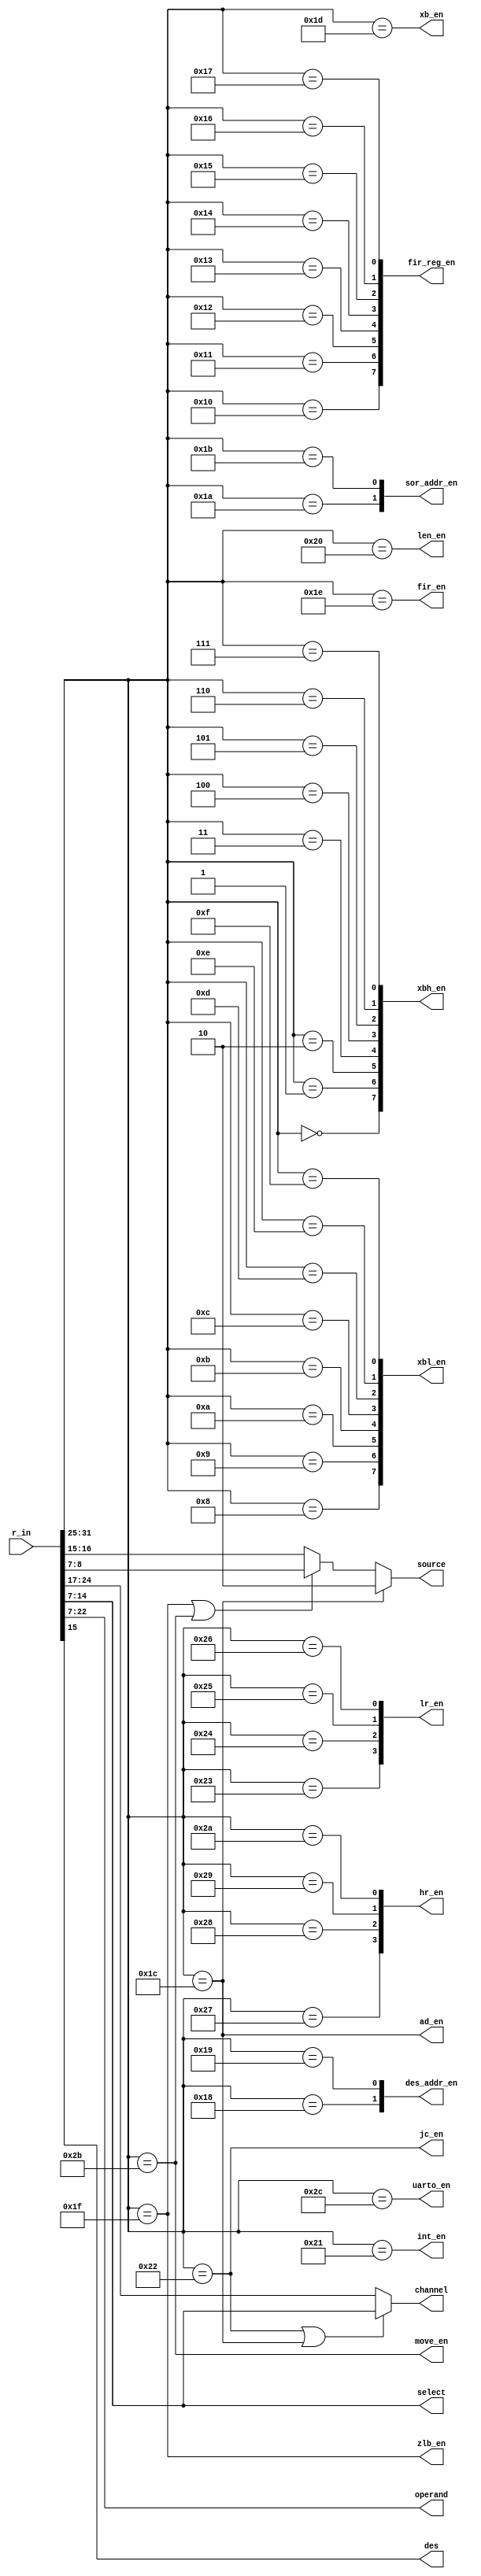
//
module decoder(
input [31:0] r_in,//


//
//
output [7:0] xbh_en,//
output [7:0] xbl_en,
output [7:0] fir_reg_en,
output [1:0] des_addr_en,
output [1:0] sor_addr_en,
output len_en,
output [3:0] lr_en,
output [3:0] hr_en,
output [15:0] operand,
//
////ad
output ad_en,
output des,
output [7:0] select,
////,fir,uart
output xb_en,
output fir_en,
output uarto_en,
output [7:0] channel,//ad
output [1:0] source,// 10 ad 01 ram 00 ddr
//output [7:0] select,
////
output zlb_en,
//output [1:0] source,
////
output move_en,
//output dir,//00 ddr->ram  01  ram->ddr
////
output int_en,
////
output jc_en
//output [7:0] channel,


);
wire [6:0]  funct=	 r_in[31:25];
assign  operand=	 r_in[22:7];
assign			des=		 r_in[15];
assign      select=	 r_in[14:7];
wire [7:0]  channel1=	 r_in[24:17];
wire [1:0]  source1=	 r_in[16:15];
wire [1:0]	sourcez=  r_in[8:7];
//assign			dir=		 r_in[7];
wire [7:0] channelj= r_in[14:7];



wire funct_0000000=(funct==7'b0000000);
wire funct_0000001=(funct==7'b0000001);
wire funct_0000010=(funct==7'b0000010);
wire funct_0000011=(funct==7'b0000011);
wire funct_0000100=(funct==7'b0000100);
wire funct_0000101=(funct==7'b0000101);
wire funct_0000110=(funct==7'b0000110);
wire funct_0000111=(funct==7'b0000111);
wire funct_0001000=(funct==7'b0001000);
wire funct_0001001=(funct==7'b0001001);
wire funct_0001010=(funct==7'b0001010);
wire funct_0001011=(funct==7'b0001011);
wire funct_0001100=(funct==7'b0001100);
wire funct_0001101=(funct==7'b0001101);
wire funct_0001110=(funct==7'b0001110);
wire funct_0001111=(funct==7'b0001111);
wire funct_0010000=(funct==7'b0010000);
wire funct_0010001=(funct==7'b0010001);
wire funct_0010010=(funct==7'b0010010);
wire funct_0010011=(funct==7'b0010011);
wire funct_0010100=(funct==7'b0010100);
wire funct_0010101=(funct==7'b0010101);
wire funct_0010110=(funct==7'b0010110);
wire funct_0010111=(funct==7'b0010111);
wire funct_0011000=(funct==7'b0011000);
wire funct_0011001=(funct==7'b0011001);
wire funct_0011010=(funct==7'b0011010);
wire funct_0011011=(funct==7'b0011011);
wire funct_0100000=(funct==7'b0100000);
wire funct_0100011=(funct==7'b0100011);
wire funct_0100100=(funct==7'b0100100);
wire funct_0100101=(funct==7'b0100101);
wire funct_0100110=(funct==7'b0100110);
wire funct_0100111=(funct==7'b0100111);
wire funct_0101000=(funct==7'b0101000);
wire funct_0101001=(funct==7'b0101001);
wire funct_0101010=(funct==7'b0101010);
wire funct_0011100=(funct==7'b0011100);
wire funct_0011101=(funct==7'b0011101);
wire funct_0011110=(funct==7'b0011110);
wire funct_0101100=(funct==7'b0101100);
wire funct_0011111=(funct==7'b0011111);
wire funct_0101011=(funct==7'b0101011);
wire funct_0100001=(funct==7'b0100001);
wire funct_0100010=(funct==7'b0100010);





assign xbh_en=
{
funct_0000000,
funct_0000001,
funct_0000010,
funct_0000011,
funct_0000100,
funct_0000101,
funct_0000110,
funct_0000111};

assign xbl_en=
{
funct_0001000,
funct_0001001,
funct_0001010,
funct_0001011,
funct_0001100,
funct_0001101,
funct_0001110,
funct_0001111};

assign fir_reg_en=
{
funct_0010000,
funct_0010001,
funct_0010010,
funct_0010011,
funct_0010100,
funct_0010101,
funct_0010110,
funct_0010111};

assign des_addr_en=
{
funct_0011000,
funct_0011001};

assign sor_addr_en=
{
funct_0011010,
funct_0011011};

assign len_en=
funct_0100000;

assign lr_en=
{
funct_0100011,
funct_0100100,
funct_0100101,
funct_0100110};

assign hr_en=
{
funct_0100111,
funct_0101000,
funct_0101001,
funct_0101010};

assign ad_en=
funct_0011100;

assign xb_en=
funct_0011101;

assign fir_en=
funct_0011110;

assign uarto_en=
funct_0101100;

assign zlb_en=
funct_0011111;

assign move_en=
funct_0101011;

assign int_en=
funct_0100001;

assign jc_en=
funct_0100010;


assign source=(ad_en)?2'b10:(funct_0011111|move_en)?sourcez:source1;
assign channel=(funct_0100010|funct_0011100)?channelj:channel1;

endmodule